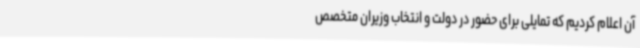
آن اعلام کردیم که تمایلی برای حضور در دولت و انتخاب وزیران متخصص